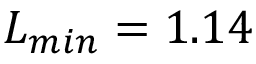
L _ { m i n } = 1 . 1 4